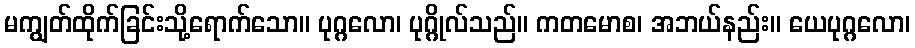
မကျွတ်ထိုက်ခြင်းသို့ရောက်သော။ ပုဂ္ဂလော၊ ပုဂ္ဂိုလ်သည်။ ကတမောစ၊ အဘယ်နည်း။ ယေပုဂ္ဂလော၊